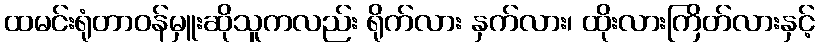
ထမင်းရုံတာဝန်မှူးဆိုသူကလည်း ရိုက်လား နှက်လား၊ ထိုးလားကြိတ်လားနှင့်